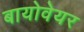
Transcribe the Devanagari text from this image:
बायोवेयर